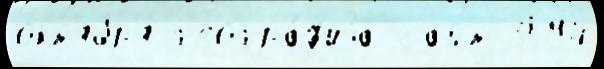
окт'ябр'я́ г'еогра́ф'иjа сайт 3594